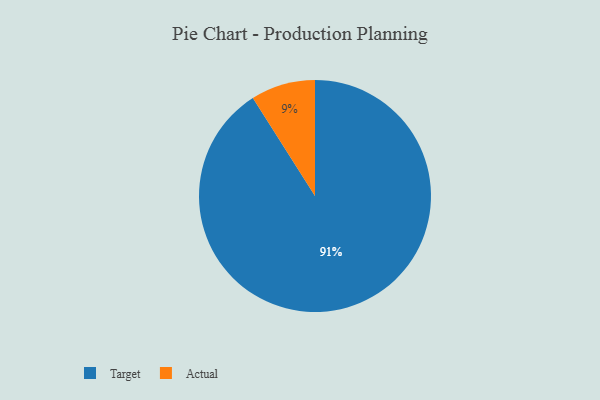
{"axis": {"x": "Category", "y": "Percentage"}, "legend": ["Actual", "Target"], "data": [{"x": "Actual", "y": 9, "type": "Actual"}, {"x": "Target", "y": 91, "type": "Target"}]}